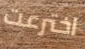
اخترعت